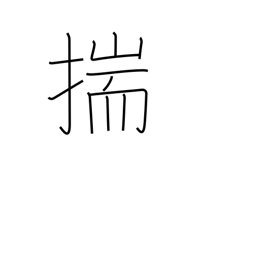
Meaning: conjecture